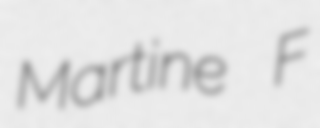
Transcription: Martine F